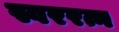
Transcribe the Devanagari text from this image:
स्वररत्न